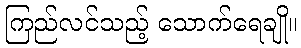
ကြည်လင်သည့် သောက်ရေချို။